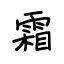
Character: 霜